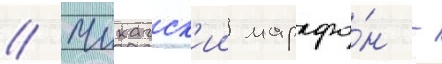
// Чикагск'ии марафо́н -